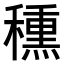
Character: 𥢾